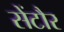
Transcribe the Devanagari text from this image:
सेंटौर